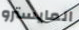
المايسترو